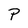
Character: P